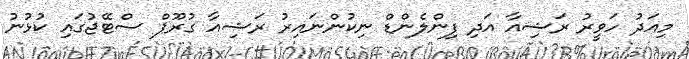
މިއަދު ހަވީރު ރަޝިއާ އަދި ފިންލެންޑް ނިކުންނައިރު ރަޝިއާ ގުރޫޕް ސްޓޭޖުގައި ކުޅުނު